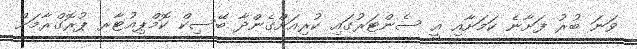
ވަނަ ބުރު ފަށާނެ ކަމަށާއި އީ ސެންޓަރުގައި ކުރިއަށްގެންދާ ބޭސިކް ކޮމްޕިއުޓާރ ޕުރޮގްރާމަށް